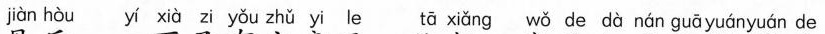
jiàn hòu yí xià zi yǒu zhǔ yi le tā xiǎng wǒ de dà nán guā yuányuán de